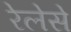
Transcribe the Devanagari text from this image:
रेलेसे